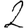
Digit: 2